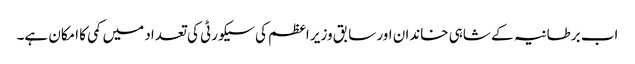
اب برطانیہ کے شاہی خاندان اور سابق وزیر اعظم کی سیکورٹی کی تعداد میں کمی کا امکان ہے۔